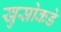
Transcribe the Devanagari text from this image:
खुस्रोकडे